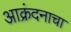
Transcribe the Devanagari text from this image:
आक्रंदनाचा